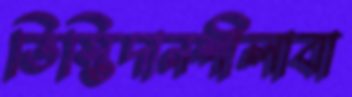
ভিস্তিদানশীলাবা